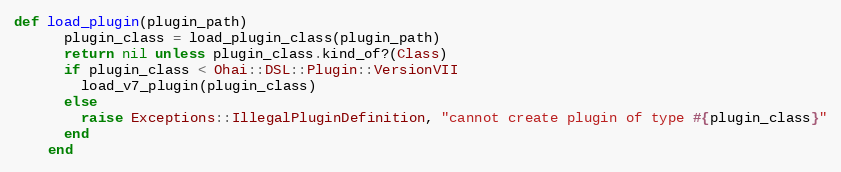
Language: Ruby
def load_plugin(plugin_path)
      plugin_class = load_plugin_class(plugin_path)
      return nil unless plugin_class.kind_of?(Class)
      if plugin_class < Ohai::DSL::Plugin::VersionVII
        load_v7_plugin(plugin_class)
      else
        raise Exceptions::IllegalPluginDefinition, "cannot create plugin of type #{plugin_class}"
      end
    end